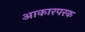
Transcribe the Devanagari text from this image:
आकारपरक